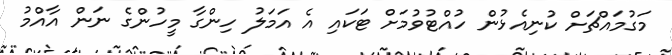
މަގުމައްޗަށް ކުނިއެޅުން ހުއްޓުވުމަށް ޓަކައި އެ އަމަލު ހިންގާ މީހުންގެ ނަން އާއްމު